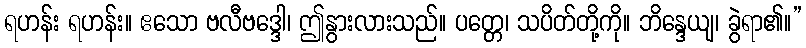
ရဟန်း ရဟန်း။ ဧသော ဗလီဗဒ္ဒေါ၊ ဤနွားလားသည်။ ပတ္တေ၊ သပိတ်တို့ကို။ ဘိန္ဒေယျ၊ ခွဲရာ၏။”